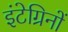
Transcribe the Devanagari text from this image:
इंटेग्रिनों